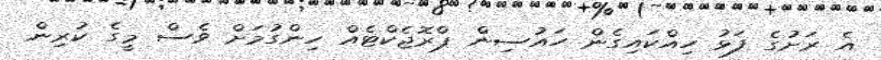
އެ ރަށުގެ ފަޅު ހިއްކައިގެން ހައުސިން ޕްރޮޖެކްޓެއް ހިންގުމަށް ވެސް މީގެ ކުރިން